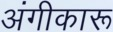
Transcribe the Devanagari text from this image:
अंगीकारू